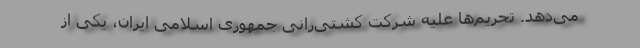
می‌دهد. تحریم‌ها علیه شرکت کشتی‌رانی جمهوری اسلامی ایران، یکی از